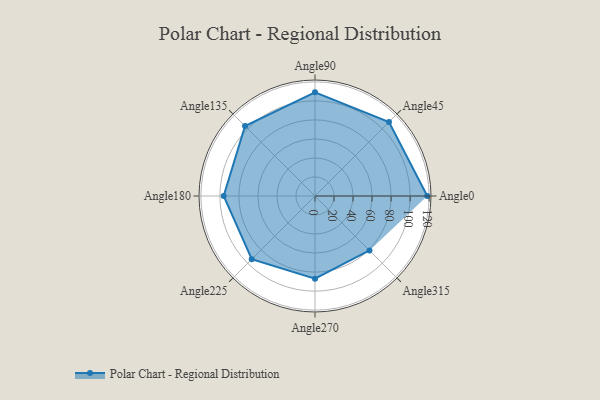
{"axis": {"x": "Angle", "y": "Radius"}, "legend": [""], "data": [{"x": "Angle0", "y": 118.0, "type": ""}, {"x": "Angle45", "y": 110.0, "type": ""}, {"x": "Angle90", "y": 109.0, "type": ""}, {"x": "Angle135", "y": 104.0, "type": ""}, {"x": "Angle180", "y": 96.0, "type": ""}, {"x": "Angle225", "y": 94.0, "type": ""}, {"x": "Angle270", "y": 87.0, "type": ""}, {"x": "Angle315", "y": 81.0, "type": ""}]}